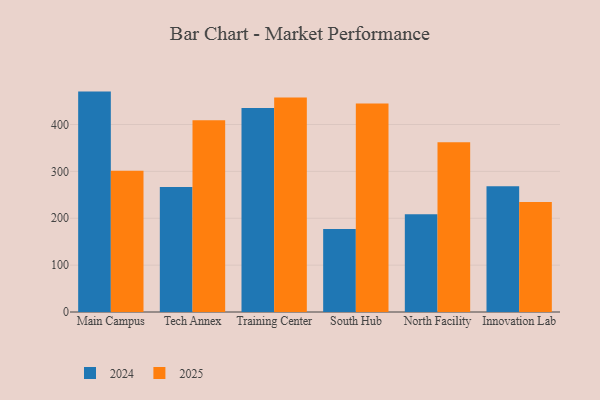
{"axis": {"x": "Campus", "y": "Headcount"}, "legend": ["2024", "2025"], "data": [{"x": "Main Campus", "y": 470.2, "type": "2024"}, {"x": "Main Campus", "y": 301.3, "type": "2025"}, {"x": "Tech Annex", "y": 266.6, "type": "2024"}, {"x": "Tech Annex", "y": 409.1, "type": "2025"}, {"x": "Training Center", "y": 435.3, "type": "2024"}, {"x": "Training Center", "y": 457.8, "type": "2025"}, {"x": "South Hub", "y": 177.2, "type": "2024"}, {"x": "South Hub", "y": 444.7, "type": "2025"}, {"x": "North Facility", "y": 208.5, "type": "2024"}, {"x": "North Facility", "y": 362.4, "type": "2025"}, {"x": "Innovation Lab", "y": 268.4, "type": "2024"}, {"x": "Innovation Lab", "y": 234.5, "type": "2025"}]}